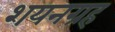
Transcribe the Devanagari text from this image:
शयनग्रह